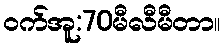
ဝက်အူ:70မီလီမီတာ။